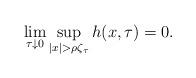
LaTeX: \begin{align*} \lim_{\tau \downarrow 0}\sup_{|x| > \rho \zeta_{\tau}} h(x,\tau) = 0.\end{align*}